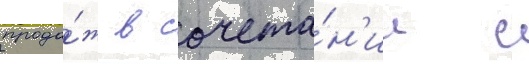
прода́ж в сочета́н'ии с